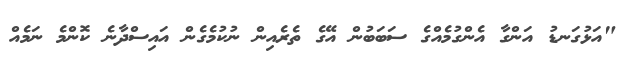
"އަޅުގަނޑު އަންގާ އެންގުމެއްގެ ސަބަބުން އޭގެ ތެރެއިން ނުކުމެގެން އައިސްދާނެ ކޮންމެ ނަމެއް